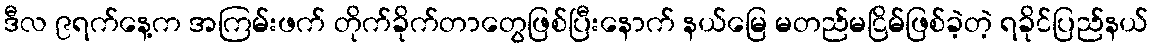
ဒီလ ၉ရက်နေ့က အကြမ်းဖက် တိုက်ခိုက်တာတွေဖြစ်ပြီးနောက် နယ်မြေ မတည်မငြိမ်ဖြစ်ခဲ့တဲ့ ရခိုင်ပြည်နယ်